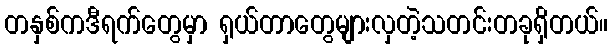
တနှစ်ကဒီရက်တွေမှာ ရှယ်တာတွေများလှတဲ့သတင်းတခုရှိတယ်။